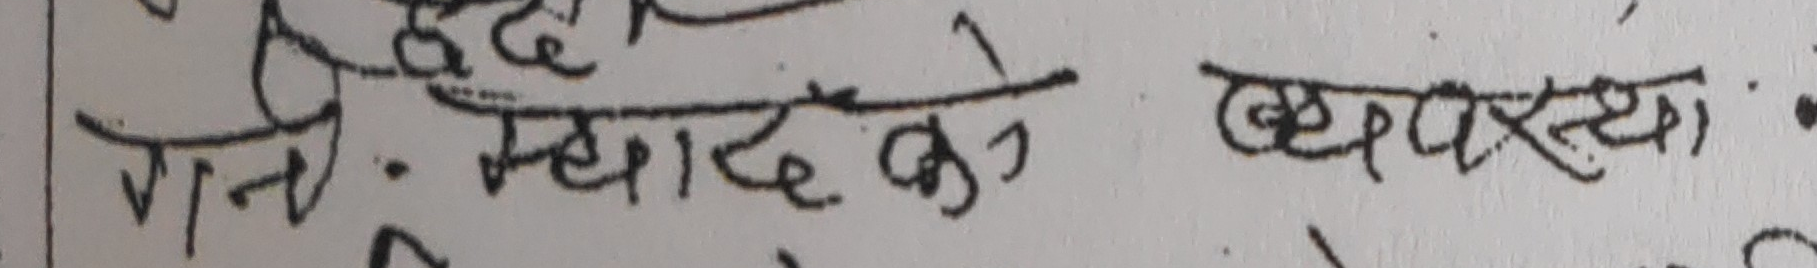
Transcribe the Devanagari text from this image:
गनी - म्याद के व्यवस्था